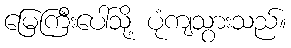
မြေကြီးပေါ်သို့ ပုံကျသွားသည်။